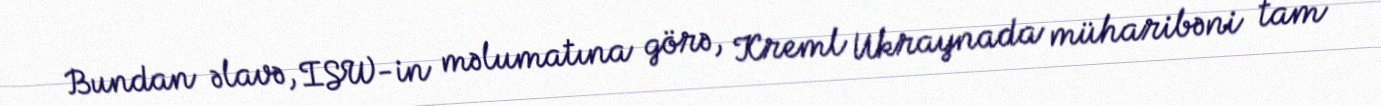
Bundan əlavə, ISW-in məlumatına görə, Kreml Ukraynada müharibəni tam